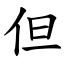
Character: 但